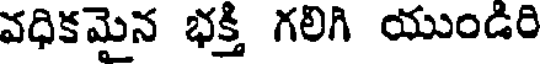
వధికమైన భక్తి గలిగి యుండిరి